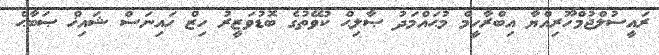
ރައީސުލްޖުމްހޫރިއްޔާ އިބްރާހީމް މުޙައްމަދު ޞާލިޙް ކުވޭތުގެ ބޮޑުވަޒީރު ހިޒް ހައިނަސް ޝައިޚް ޞަބާޙް